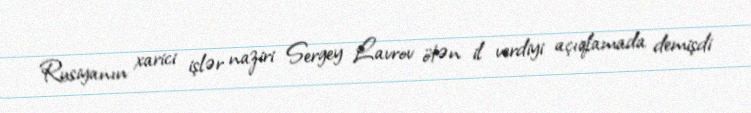
Rusiyanın xarici işlər naziri Sergey Lavrov ötən il verdiyi açıqlamada demişdi